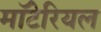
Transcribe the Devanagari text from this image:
मॉटेरियल